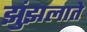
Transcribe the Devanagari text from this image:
झुंझलाते